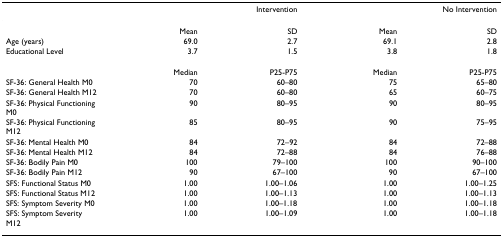
<table><thead><tr><td></td><td colspan="2"><b>Intervention</b></td><td colspan="2"><b>No Intervention</b></td></tr></thead><tbody><tr><td></td><td>Mean</td><td>SD</td><td>Mean</td><td>SD</td></tr><tr><td>Age (years)</td><td>69.0</td><td>2.7</td><td>69.1</td><td>2.8</td></tr><tr><td>Educational Level</td><td>3.7</td><td>1.5</td><td>3.8</td><td>1.8</td></tr><tr><td></td><td>Median</td><td>P25-P75</td><td>Median</td><td>P25-P75</td></tr><tr><td>SF-36: General Health M0</td><td>70</td><td>60–80</td><td>75</td><td>65–80</td></tr><tr><td>SF-36: General Health M12</td><td>70</td><td>60–80</td><td>65</td><td>60–75</td></tr><tr><td>SF-36: Physical Functioning M0</td><td>90</td><td>80–95</td><td>90</td><td>80–95</td></tr><tr><td>SF-36: Physical Functioning M12</td><td>85</td><td>80–95</td><td>90</td><td>75–95</td></tr><tr><td>SF-36: Mental Health M0</td><td>84</td><td>72–92</td><td>84</td><td>72–88</td></tr><tr><td>SF-36: Mental Health M12</td><td>84</td><td>72–88</td><td>84</td><td>76–88</td></tr><tr><td>SF-36: Bodily Pain M0</td><td>100</td><td>79–100</td><td>100</td><td>90–100</td></tr><tr><td>SF-36: Bodily Pain M12</td><td>90</td><td>67–100</td><td>90</td><td>67–100</td></tr><tr><td>SFS: Functional Status M0</td><td>1.00</td><td>1.00–1.06</td><td>1.00</td><td>1.00–1.25</td></tr><tr><td>SFS: Functional Status M12</td><td>1.00</td><td>1.00–1.13</td><td>1.00</td><td>1.00–1.13</td></tr><tr><td>SFS: Symptom Severity M0</td><td>1.00</td><td>1.00–1.18</td><td>1.00</td><td>1.00–1.18</td></tr><tr><td>SFS: Symptom Severity M12</td><td>1.00</td><td>1.00–1.09</td><td>1.00</td><td>1.00–1.18</td></tr></tbody></table>